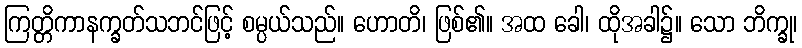
ကြတ္တိကာနက္ခတ်သဘင်ဖြင့် စမ္ပယ်သည်။ ဟောတိ၊ ဖြစ်၏။ အထ ခေါ၊ ထိုအခါ၌။ သော ဘိက္ခု၊